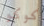
كوكو